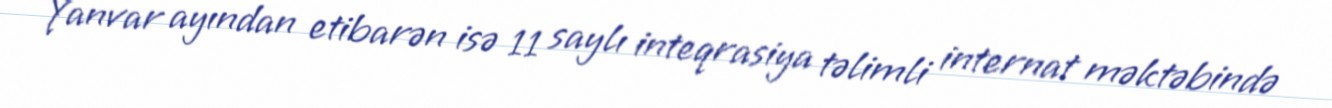
Yanvar ayından etibarən isə 11 saylı inteqrasiya təlimli internat məktəbində